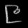
Digit: ၉